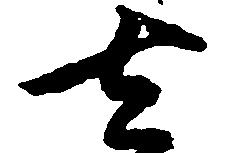
去